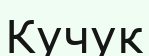
Кучук